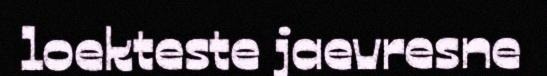
loekteste jaevresne